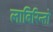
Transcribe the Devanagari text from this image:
लाबिरिन्तो